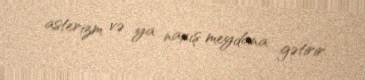
asterizm və ya naxış meydana gətirir.